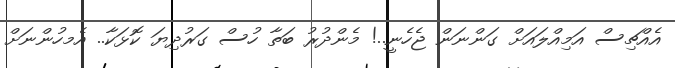
އެއްޗިސް އަމިއްލައަށް ގަންނަން ޖެހެނީ..! މެންދުރު ބަތާ ހުސް ގަރުދިޔަ ކޮޅަކާ.. އެމހުންނަށް